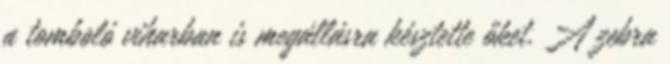
a tomboló viharban is megállásra késztette őket. A zebra